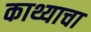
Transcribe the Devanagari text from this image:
काथ्याचा